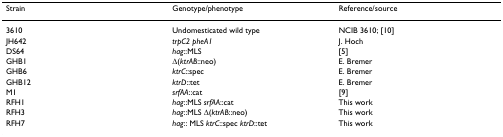
<table><thead><tr><td><b>Strain</b></td><td><b>Genotype/phenotype</b></td><td><b>Reference/source</b></td></tr></thead><tbody><tr><td>3610</td><td>Undomesticated wild type</td><td>NCIB 3610; [10]</td></tr><tr><td>JH642</td><td><i>trpC2 pheA1</i></td><td>J. Hoch</td></tr><tr><td>DS64</td><td><i>hag</i>::MLS</td><td>[5]</td></tr><tr><td>GHB1</td><td>Δ(<i>ktrAB</i>::neo)</td><td>E. Bremer</td></tr><tr><td>GHB6</td><td><i>ktrC</i>::spec</td><td>E. Bremer</td></tr><tr><td>GHB12</td><td><i>ktrD</i>::tet</td><td>E. Bremer</td></tr><tr><td>M1</td><td><i>srfAA</i>::cat</td><td>[9]</td></tr><tr><td>RFH1</td><td><i>hag</i>::MLS <i>srfAA</i>::cat</td><td>This work</td></tr><tr><td>RFH3</td><td><i>hag</i>::MLS Δ(<i>ktrAB</i>::neo)</td><td>This work</td></tr><tr><td>RFH7</td><td><i>hag</i>:: MLS <i>ktrC</i>::spec <i>ktrD</i>::tet</td><td>This work</td></tr></tbody></table>